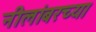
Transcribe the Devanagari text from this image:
नीलांबरच्या